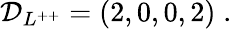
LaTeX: {\cal D}_{L^{++}}=(2,0,0,2)\; .